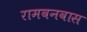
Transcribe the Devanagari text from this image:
रामवनवास